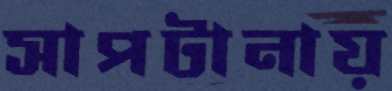
সাপটানায়